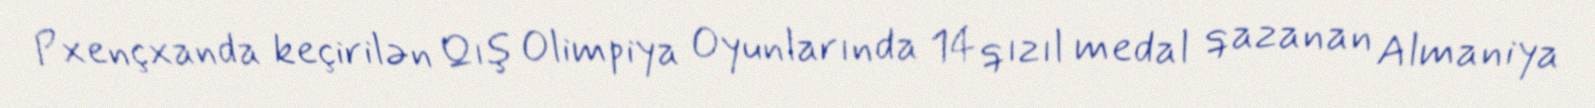
Pxençxanda keçirilən Qış Olimpiya Oyunlarında 14 qızıl medal qazanan Almaniya